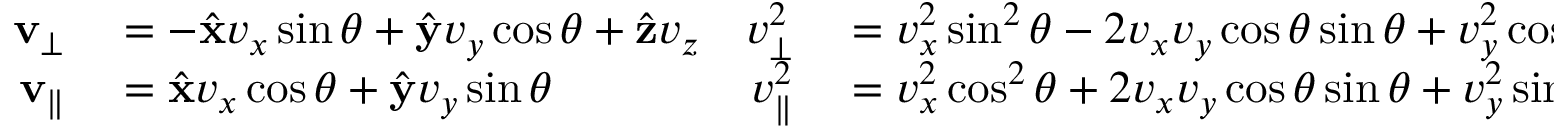
\begin{array} { r l r l } { \mathbf { v } _ { \perp } } & { { } = - \hat { \mathbf { x } } v _ { x } \sin \theta + \hat { \mathbf { y } } v _ { y } \cos \theta + \hat { \mathbf { z } } v _ { z } } & { v _ { \perp } ^ { 2 } } & { { } = v _ { x } ^ { 2 } \sin ^ { 2 } \theta - 2 v _ { x } v _ { y } \cos \theta \sin \theta + v _ { y } ^ { 2 } \cos ^ { 2 } \theta + v _ { z } ^ { 2 } } \\ { \mathbf { v } _ { \| } } & { { } = \hat { \mathbf { x } } v _ { x } \cos \theta + \hat { \mathbf { y } } v _ { y } \sin \theta } & { v _ { \| } ^ { 2 } } & { { } = v _ { x } ^ { 2 } \cos ^ { 2 } \theta + 2 v _ { x } v _ { y } \cos \theta \sin \theta + v _ { y } ^ { 2 } \sin ^ { 2 } \theta } \end{array}